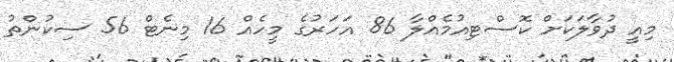
މިއީ ދުވާލަކަށް ކޮސްޓިއުމެއްލާ 86 އަހަރުގެ މީހެއް 16 މިނެޓް 56 ސިކުންތު